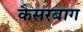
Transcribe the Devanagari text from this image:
कैसरबाग